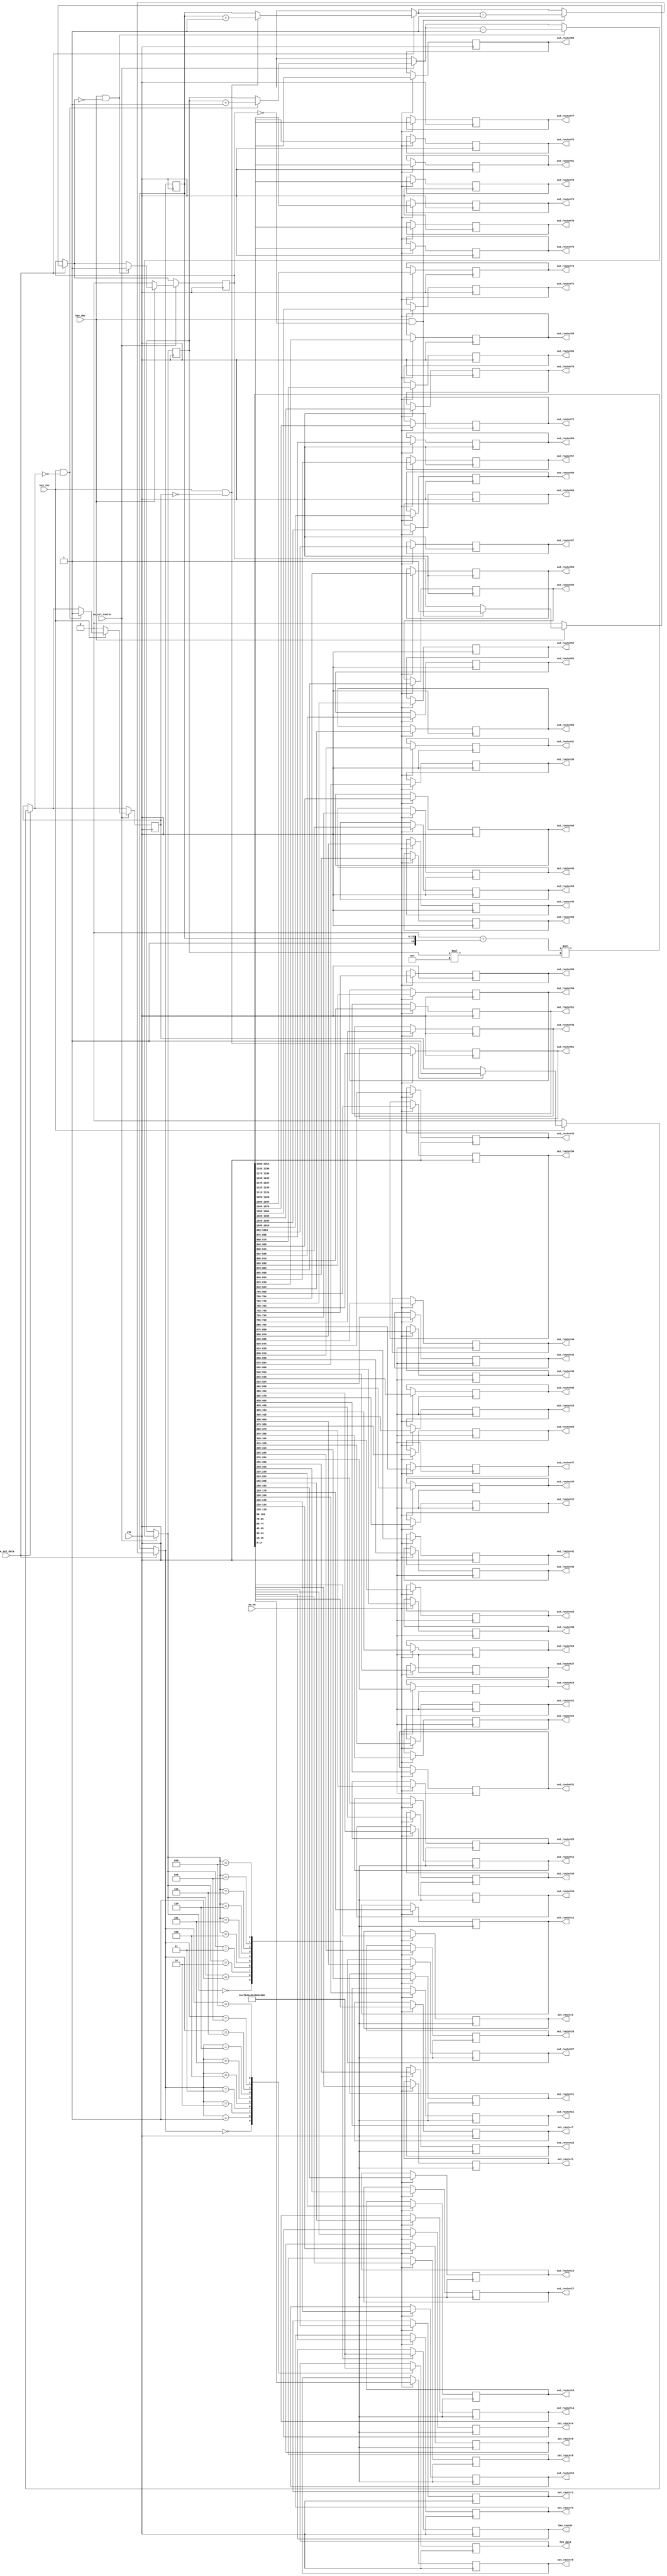
`define N 8		/*        */
`define N2 15   /*       - 1     K*2      (      )*/
`define K 7		//  1   N
`define BIT 7	//         ,  25   5

module select_data_81(
	clk,
	sw_on,			//       
	sw_sel_data,	//   
	sw_sel_router,	//       
	key_inc,			//   
	key_dec,			//   
	
	out_router1,	//     .
	out_router2,	//        
	out_router3,
	out_router4,
	out_router5,
	out_router6,
	out_router7,
	out_router8,
	out_router9,
	out_router10,
	out_router11,
	out_router12,
	out_router13,
	out_router14,
	out_router15,
	out_router16,
	out_router17,
	out_router18,
	out_router19,
	out_router20,
	out_router21,
	out_router22,
	out_router23,
	out_router24,
	out_router25,
	out_router26,
	out_router27,
	out_router28,
	out_router29,
	out_router30,
	out_router31,
	out_router32,
	out_router33,
	out_router34,
	out_router35,
	out_router36,
	out_router37,
	out_router38,
	out_router39,
	out_router40,
	out_router41,
	out_router42,
	out_router43,
	out_router44,
	out_router45,
	out_router46,
	out_router47,
	out_router48,
	out_router49,
	out_router50,
	out_router51,
	out_router52,
	out_router53,
	out_router54,
	out_router55,
	out_router56,
	out_router57,
	out_router58,
	out_router59,
	out_router60,
	out_router61,
	out_router62,
	out_router63,
	out_router64,
	out_router65,
	out_router66,
	out_router67,
	out_router68,
	out_router69,
	out_router70,
	out_router71,
	out_router72,
	out_router73,
	out_router74,
	out_router75,
	out_router76,
	out_router77,
	out_router78,
	out_router79,
	out_router80,
	out_router81,
	
	
	hex_data,
	hex_router
	
);
	input clk;
	input sw_on;
	input sw_sel_data;
	input sw_sel_router;
	input key_inc;
	input key_dec;
	
	output reg[`N2-1:0] out_router1;
	output reg[`N2-1:0] out_router2;
	output reg[`N2-1:0] out_router3;
	output reg[`N2-1:0] out_router4;
	output reg[`N2-1:0] out_router5;
	output reg[`N2-1:0] out_router6;
	output reg[`N2-1:0] out_router7;
	output reg[`N2-1:0] out_router8;
	output reg[`N2-1:0] out_router9;
	output reg[`N2-1:0] out_router10;
	output reg[`N2-1:0] out_router11;
	output reg[`N2-1:0] out_router12;
	output reg[`N2-1:0] out_router13;
	output reg[`N2-1:0] out_router14;
	output reg[`N2-1:0] out_router15;
	output reg[`N2-1:0] out_router16;
	output reg[`N2-1:0] out_router17;
	output reg[`N2-1:0] out_router18;
	output reg[`N2-1:0] out_router19;
	output reg[`N2-1:0] out_router20;
	output reg[`N2-1:0] out_router21;
	output reg[`N2-1:0] out_router22;
	output reg[`N2-1:0] out_router23;
	output reg[`N2-1:0] out_router24;
	output reg[`N2-1:0] out_router25;
	output reg[`N2-1:0] out_router26;
	output reg[`N2-1:0] out_router27;
	output reg[`N2-1:0] out_router28;
	output reg[`N2-1:0] out_router29;
	output reg[`N2-1:0] out_router30;
	output reg[`N2-1:0] out_router31;
	output reg[`N2-1:0] out_router32;
	output reg[`N2-1:0] out_router33;
	output reg[`N2-1:0] out_router34;
	output reg[`N2-1:0] out_router35;
	output reg[`N2-1:0] out_router36;
	output reg[`N2-1:0] out_router37;
	output reg[`N2-1:0] out_router38;
	output reg[`N2-1:0] out_router39;
	output reg[`N2-1:0] out_router40;
	output reg[`N2-1:0] out_router41;
	output reg[`N2-1:0] out_router42;
	output reg[`N2-1:0] out_router43;
	output reg[`N2-1:0] out_router44;
	output reg[`N2-1:0] out_router45;
	output reg[`N2-1:0] out_router46;
	output reg[`N2-1:0] out_router47;
	output reg[`N2-1:0] out_router48;
	output reg[`N2-1:0] out_router49;
	output reg[`N2-1:0] out_router50;
	output reg[`N2-1:0] out_router51;
	output reg[`N2-1:0] out_router52;
	output reg[`N2-1:0] out_router53;
	output reg[`N2-1:0] out_router54;
	output reg[`N2-1:0] out_router55;
	output reg[`N2-1:0] out_router56;
	output reg[`N2-1:0] out_router57;
	output reg[`N2-1:0] out_router58;
	output reg[`N2-1:0] out_router59;
	output reg[`N2-1:0] out_router60;
	output reg[`N2-1:0] out_router61;
	output reg[`N2-1:0] out_router62;
	output reg[`N2-1:0] out_router63;
	output reg[`N2-1:0] out_router64;
	output reg[`N2-1:0] out_router65;
	output reg[`N2-1:0] out_router66;
	output reg[`N2-1:0] out_router67;
	output reg[`N2-1:0] out_router68;
	output reg[`N2-1:0] out_router69;
	output reg[`N2-1:0] out_router70;
	output reg[`N2-1:0] out_router71;
	output reg[`N2-1:0] out_router72;
	output reg[`N2-1:0] out_router73;
	output reg[`N2-1:0] out_router74;
	output reg[`N2-1:0] out_router75;
	output reg[`N2-1:0] out_router76;
	output reg[`N2-1:0] out_router77;
	output reg[`N2-1:0] out_router78;
	output reg[`N2-1:0] out_router79;
	output reg[`N2-1:0] out_router80;
	output reg[`N2-1:0] out_router81;
	
	output reg[6:0] hex_data;
	output reg[6:0] hex_router;
	
	reg[`N2-2:0] data = `K'b00000;
	reg[`N2-2:0] router = `BIT'b00000;
	reg flag_key_inc = 1'b0;
	reg flag_key_dec = 1'b0;
	
	reg[1214:0] out_to_router;  //    N*  
	
	always@(posedge clk)
	begin
		if(sw_on == 1'b1)
		begin
			out_to_router = (1215'b0 + {1'b1, data}) << router*`N2;
			
			out_router1 = out_to_router[14:0];
out_router2 = out_to_router[29:15];
out_router3 = out_to_router[44:30];
out_router4 = out_to_router[59:45];
out_router5 = out_to_router[74:60];
out_router6 = out_to_router[89:75];
out_router7 = out_to_router[104:90];
out_router8 = out_to_router[119:105];
out_router9 = out_to_router[134:120];
out_router10 = out_to_router[149:135];
out_router11 = out_to_router[164:150];
out_router12 = out_to_router[179:165];
out_router13 = out_to_router[194:180];
out_router14 = out_to_router[209:195];
out_router15 = out_to_router[224:210];
out_router16 = out_to_router[239:225];
out_router17 = out_to_router[254:240];
out_router18 = out_to_router[269:255];
out_router19 = out_to_router[284:270];
out_router20 = out_to_router[299:285];
out_router21 = out_to_router[314:300];
out_router22 = out_to_router[329:315];
out_router23 = out_to_router[344:330];
out_router24 = out_to_router[359:345];
out_router25 = out_to_router[374:360];
out_router26 = out_to_router[389:375];
out_router27 = out_to_router[404:390];
out_router28 = out_to_router[419:405];
out_router29 = out_to_router[434:420];
out_router30 = out_to_router[449:435];
out_router31 = out_to_router[464:450];
out_router32 = out_to_router[479:465];
out_router33 = out_to_router[494:480];
out_router34 = out_to_router[509:495];
out_router35 = out_to_router[524:510];
out_router36 = out_to_router[539:525];
out_router37 = out_to_router[554:540];
out_router38 = out_to_router[569:555];
out_router39 = out_to_router[584:570];
out_router40 = out_to_router[599:585];
out_router41 = out_to_router[614:600];
out_router42 = out_to_router[629:615];
out_router43 = out_to_router[644:630];
out_router44 = out_to_router[659:645];
out_router45 = out_to_router[674:660];
out_router46 = out_to_router[689:675];
out_router47 = out_to_router[704:690];
out_router48 = out_to_router[719:705];
out_router49 = out_to_router[734:720];
out_router50 = out_to_router[749:735];
out_router51 = out_to_router[764:750];
out_router52 = out_to_router[779:765];
out_router53 = out_to_router[794:780];
out_router54 = out_to_router[809:795];
out_router55 = out_to_router[824:810];
out_router56 = out_to_router[839:825];
out_router57 = out_to_router[854:840];
out_router58 = out_to_router[869:855];
out_router59 = out_to_router[884:870];
out_router60 = out_to_router[899:885];
out_router61 = out_to_router[914:900];
out_router62 = out_to_router[929:915];
out_router63 = out_to_router[944:930];
out_router64 = out_to_router[959:945];
out_router65 = out_to_router[974:960];
out_router66 = out_to_router[989:975];
out_router67 = out_to_router[1004:990];
out_router68 = out_to_router[1019:1005];
out_router69 = out_to_router[1034:1020];
out_router70 = out_to_router[1049:1035];
out_router71 = out_to_router[1064:1050];
out_router72 = out_to_router[1079:1065];
out_router73 = out_to_router[1094:1080];
out_router74 = out_to_router[1109:1095];
out_router75 = out_to_router[1124:1110];
out_router76 = out_to_router[1139:1125];
out_router77 = out_to_router[1154:1140];
out_router78 = out_to_router[1169:1155];
out_router79 = out_to_router[1184:1170];
out_router80 = out_to_router[1199:1185];
out_router81 = out_to_router[1214:1200];






		end
		else
		begin
			out_to_router = 1215'b0;
		end
		
		if(sw_sel_data == 1'b1)
		begin
			if(key_inc == 1'b1 && flag_key_inc == 1'b0)
			begin
				data = data + 1'b1;
				flag_key_inc = 1'b1;
			end
			if(key_inc == 1'b0)
			begin
				flag_key_inc = 1'b0;
			end
			if(key_dec == 1'b1 && flag_key_dec == 1'b0)
			begin
				data = data - 1'b1;
				flag_key_dec = 1'b1;
			end
			if(key_dec == 1'b0)
			begin
				flag_key_dec = 1'b0;
			end
		end
		
		if(sw_sel_router == 1'b1)
		begin
			if(key_inc == 1'b1 && flag_key_inc == 1'b0)
			begin
				router = router + 1'b1;
				flag_key_inc = 1'b1;
			end
			if(key_inc == 1'b0)
			begin
				flag_key_inc = 1'b0;
			end
			if(key_dec == 1'b1 && flag_key_dec == 1'b0)
			begin
				router = router - 1'b1;
				flag_key_dec = 1'b1;
			end
			if(key_dec == 1'b0)
			begin
				flag_key_dec = 1'b0;
			end
		end

//================================================================================
//================================================================================
		case(data)
			5'b00000:
				hex_data = ~7'b1111110;		//0
			5'b00001:
				hex_data = ~7'b0110000;		//1
			5'b00010:
				hex_data = ~7'b1101101;		//2
			5'b00011:
				hex_data = ~7'b1111001;		//3
			5'b00100:
				hex_data = ~7'b0110011;		//4
			5'b00101:
				hex_data = ~7'b1011011;		//5
			5'b00110:
				hex_data = ~7'b1011111;		//6
			5'b00111:
				hex_data = ~7'b1110000;		//7
			5'b01000:
				hex_data = ~7'b1111111;		//8
			5'b01001:
				hex_data = ~7'b1111011;		//9
		endcase
		
		case(router)
			5'b00000:
				hex_router = ~7'b1111110;	//0
			5'b00001:
				hex_router = ~7'b0110000;	//1
			5'b00010:
				hex_router = ~7'b1101101;	//2
			5'b00011:
				hex_router = ~7'b1111001;	//3
			5'b00100:
				hex_router = ~7'b0110011;	//4
			5'b00101:
				hex_router = ~7'b1011011;	//5
			5'b00110:
				hex_router = ~7'b1011111;	//6
			5'b00111:
				hex_router = ~7'b1110000;	//7
			5'b01000:
				hex_router = ~7'b1111111;	//8
			5'b01001:
				hex_router = ~7'b1111011;	//9
		endcase
	end
	
endmodule